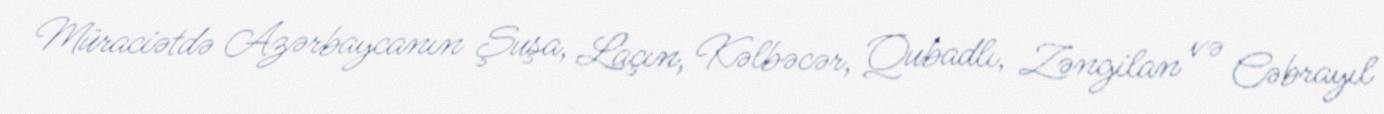
Müraciətdə Azərbaycanın Şuşa, Laçın, Kəlbəcər, Qubadlı, Zəngilan və Cəbrayıl